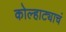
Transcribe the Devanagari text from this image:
कोल्हाट्याचं